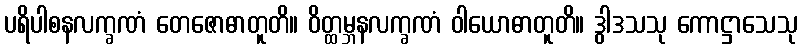
ပရိပါစနလက္ခဏံ တေဇောဓာတူတိ။ ဝိတ္ထမ္ဘနလက္ခဏံ ဝါယောဓာတူတိ။ ဒွါဒသသု ကောဋ္ဌာသေသု